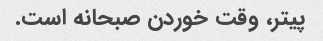
پیتر، وقت خوردن صبحانه است.